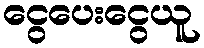
ငွေပေးငွေယူ